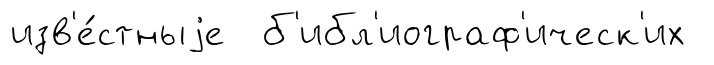
изв'е́стныjе б'ибл'иограф'ическ'их